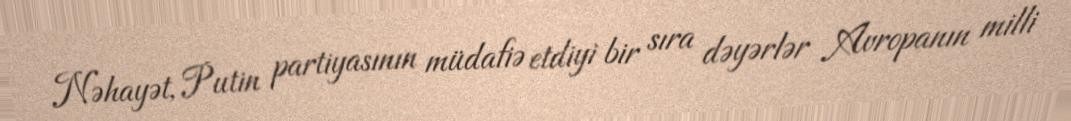
Nəhayət, Putin partiyasının müdafiə etdiyi bir sıra dəyərlər Avropanın milli